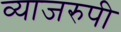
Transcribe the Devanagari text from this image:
व्याजरुपी